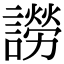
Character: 䜎